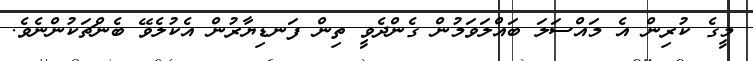
މީގެ ކުރިން އެ މައްސަލަ ބައްލަަވަމުން ގެންދެވީ ތިން ފަނޑިޔާރުން އެކުލެވޭ ބެންޗަކުންނެވެ.